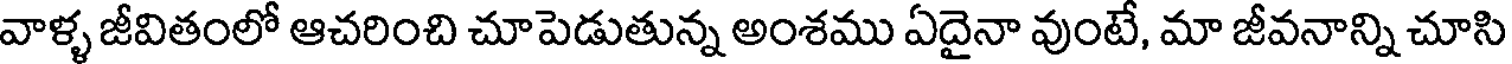
వాళ్ళ జీవితంలో ఆచరించి చూపెడుతున్న అంశము ఏదైనా వుంటే, మా జీవనాన్ని చూసి